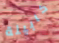
كابينة